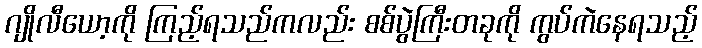
ဂျိုလီယော့ကို ကြည့်ရသည်ကလည်း စစ်ပွဲကြီးတခုကို ကွပ်ကဲနေရသည့်